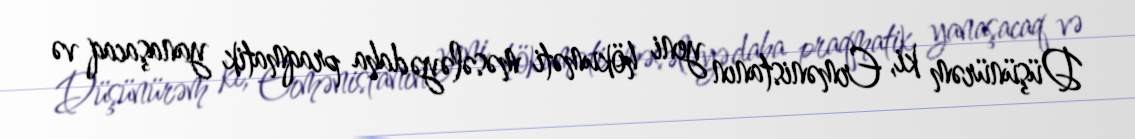
Düşünürəm ki, Ermənistanın yeni hökuməti məsələyə daha praqmatik yanaşacaq və